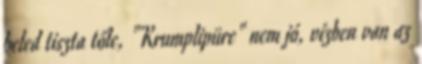
beled tiszta tőle, "Krumplipüre" nem jó, vízben van az